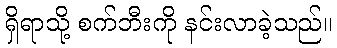
ရှိရာသို့ စက်ဘီးကို နင်းလာခဲ့သည်။